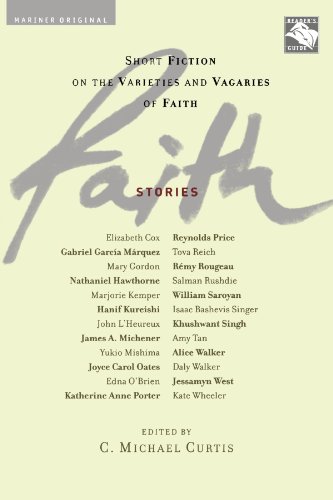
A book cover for Faith: Stories: Short Fiction on the Varieties and Vagaries of Faith; Religion & Spirituality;